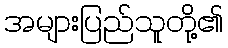
အများပြည်သူတို့၏